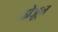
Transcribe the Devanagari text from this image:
होअून